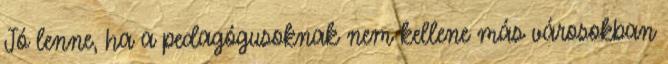
Jó lenne, ha a pedagógusoknak nem kellene más városokban